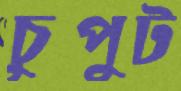
চুপুট